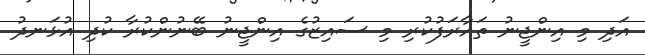
އަދި މި އިންޖީނު ތައާރަފުކުރި މި ސައިޒުގެ އިންޖީނު ބޭނުންކުރާ ކުދި އުޅަނދު